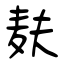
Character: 麸